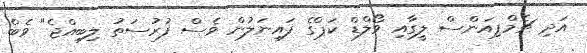
އަދި ޗެމްޕިއަންސް ލީގާއި ވޯލްޑް ކަޕްގެ ފައިނަލުން ވެސް ފުރުސަތު ލިބިއްޖެ" ވެބް